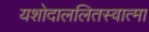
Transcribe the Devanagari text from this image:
यशोदाललितस्वात्मा